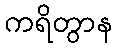
ကရိတွာန